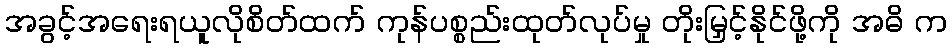
အခွင့်အရေးရယူလိုစိတ်ထက် ကုန်ပစ္စည်းထုတ်လုပ်မှု တိုးမြှင့်နိုင်ဖို့ကို အဓိ က